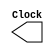
module ClockGen (Clock);
output Clock;
reg Clock;
initial
Clock <= 0;

always
#5 Clock <= ~Clock;

endmodule